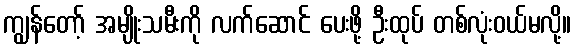
ကျွန်တော့် အမျိုးသမီးကို လက်ဆောင် ပေးဖို့ ဦးထုပ် တစ်လုံးဝယ်မလို့။